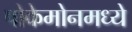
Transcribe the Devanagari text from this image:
पोकेमोनमध्ये